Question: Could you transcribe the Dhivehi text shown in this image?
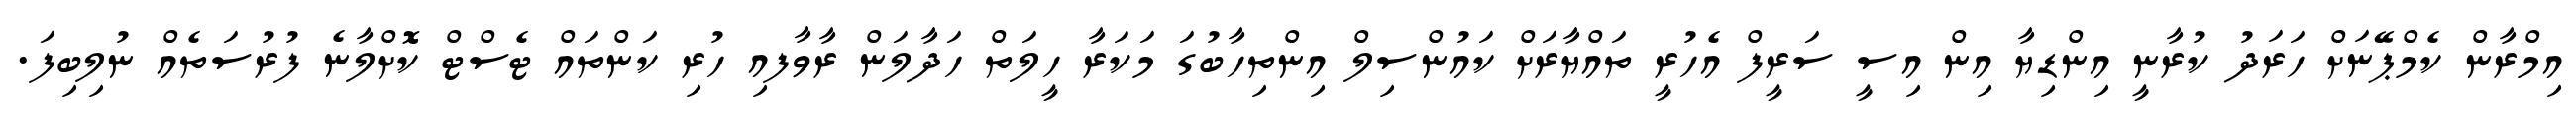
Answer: އިމްރާން ކެމްޕޭނަށް ހަރަދު ކުރާނީ އިންޑިޔާ އިން އިސީ ސަރީފް އެހުރީ ތައްޔާރަށް ކައުންސިލް އިންތިހާބުގަ މަކަރާ ހީލަތް ހަދާލަން ރާވާފއި ހުރި ކަންތައް ޓެސްޓް ކޮށްލާނެ ފުރުސަތެއް ނުލިބިފަ.